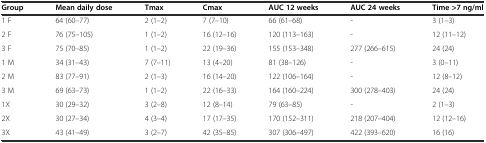
<table><thead><tr><td><b>Group</b></td><td><b>Mean daily dose</b></td><td><b>Tmax</b></td><td><b>Cmax</b></td><td><b>AUC 12 weeks</b></td><td><b>AUC 24 weeks</b></td><td><b>Time &gt;7 ng/ml</b></td></tr></thead><tbody><tr><td>1 F</td><td>64 (60–77)</td><td>2 (1–2)</td><td>7 (7–10)</td><td>66 (61–68)</td><td>-</td><td>3 (1–3)</td></tr><tr><td>2 F</td><td>76 (75–105)</td><td>1 (1–2)</td><td>16 (12–16)</td><td>120 (113–163)</td><td>-</td><td>12 (11–12)</td></tr><tr><td>3 F</td><td>75 (70–85)</td><td>1 (1–2)</td><td>22 (19–36)</td><td>155 (153–348)</td><td>277 (266–615)</td><td>24 (24)</td></tr><tr><td>1 M</td><td>34 (31–43)</td><td>7 (7–11)</td><td>13 (4–20)</td><td>81 (38–126)</td><td>-</td><td>3 (0–11)</td></tr><tr><td>2 M</td><td>83 (77–91)</td><td>2 (1–3)</td><td>16 (14–20)</td><td>122 (106–164)</td><td>-</td><td>12 (8–12)</td></tr><tr><td>3 M</td><td>69 (63–73)</td><td>1 (1–2)</td><td>22 (16–33)</td><td>164 (160–224)</td><td>300 (278–403)</td><td>24 (24)</td></tr><tr><td>1X</td><td>30 (29–32)</td><td>3 (2–8)</td><td>12 (8–14)</td><td>79 (63–85)</td><td>-</td><td>2 (1–3)</td></tr><tr><td>2X</td><td>30 (27–34)</td><td>4 (3–4)</td><td>17 (17–35)</td><td>170 (152–311)</td><td>218 (207–404)</td><td>12 (12–16)</td></tr><tr><td>3X</td><td>43 (41–49)</td><td>3 (2–7)</td><td>42 (35–85)</td><td>307 (306–497)</td><td>422 (393–620)</td><td>16 (16)</td></tr></tbody></table>